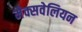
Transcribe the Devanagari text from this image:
मैक्सवेलियन